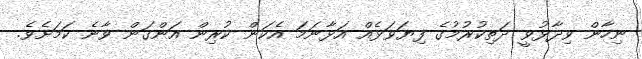
ނިހާން ވިދާޅުވީ ދަތިކުރުމުގެ ފިޔަވަޅެއް އަޅާނަމަ އެކަން ކުރިން އަންގަން ވާނެ ކަމަށެވެ.